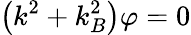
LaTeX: \left(k^{2}+k_{B}^{2}\right)\varphi=0